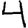
Digit: 4